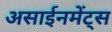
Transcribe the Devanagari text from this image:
असाईनमेंट्स